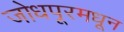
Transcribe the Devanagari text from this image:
जोधपूरमधून